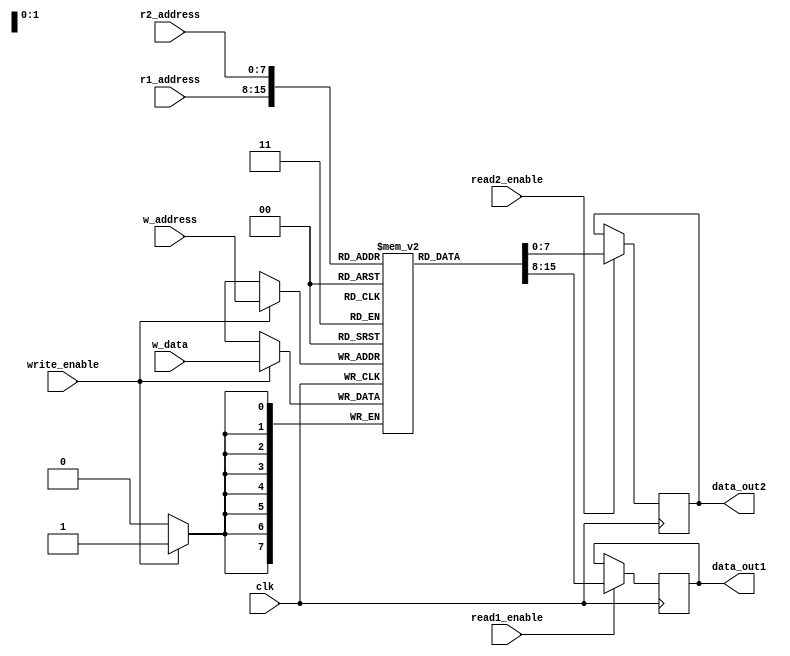
module dual_port_register_file(
    input wire clk,
    input wire [7:0] r1_address,
    input wire [7:0] r2_address,
    input wire [7:0] w_address,
    input wire [7:0] w_data,
    input wire read1_enable,
    input wire read2_enable,
    input wire write_enable,
    output reg [7:0] data_out1,
    output reg [7:0] data_out2
);

reg [7:0] memory [0:255]; // 256 memory blocks, each with 8-bit registers

always @ (posedge clk) begin
    if(read1_enable) begin
        data_out1 <= memory[r1_address];
    end
    if(read2_enable) begin
        data_out2 <= memory[r2_address];
    end
    if(write_enable) begin
        memory[w_address] <= w_data;
    end
end

endmodule